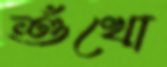
শুঁখো